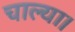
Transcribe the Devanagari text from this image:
चाल्या।